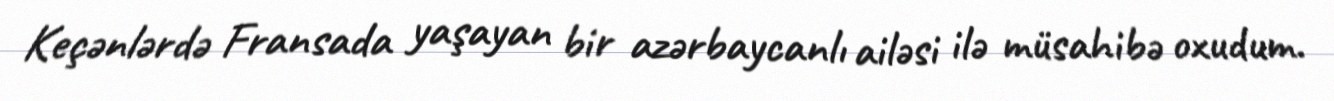
Keçənlərdə Fransada yaşayan bir azərbaycanlı ailəsi ilə müsahibə oxudum.